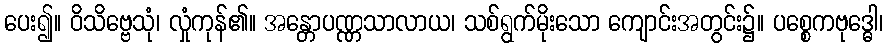
ပေး၍။ ဝိသိဗ္ဗေသုံ၊ လှုံကုန်၏။ အန္တောပဏ္ဏသာလာယ၊ သစ်ရွက်မိုးသော ကျောင်းအတွင်း၌။ ပစ္စေကဗုဒ္ဓေါ၊